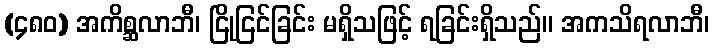
(၄၈၀) အကိစ္ဆလာဘီ၊ ငြိုငြင်ခြင်း မရှိသဖြင့် ရခြင်းရှိသည်။ အကသိရလာဘီ၊